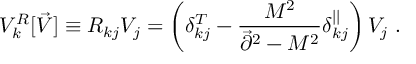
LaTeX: V _ { k } ^ { R } [ \vec { V } ] \equiv R _ { k j } V _ { j } = \left( \delta _ { k j } ^ { T } - { \frac { M ^ { 2 } } { \vec { \partial } ^ { 2 } - M ^ { 2 } } } \delta _ { k j } ^ { | | } \right) V _ { j } ~ .